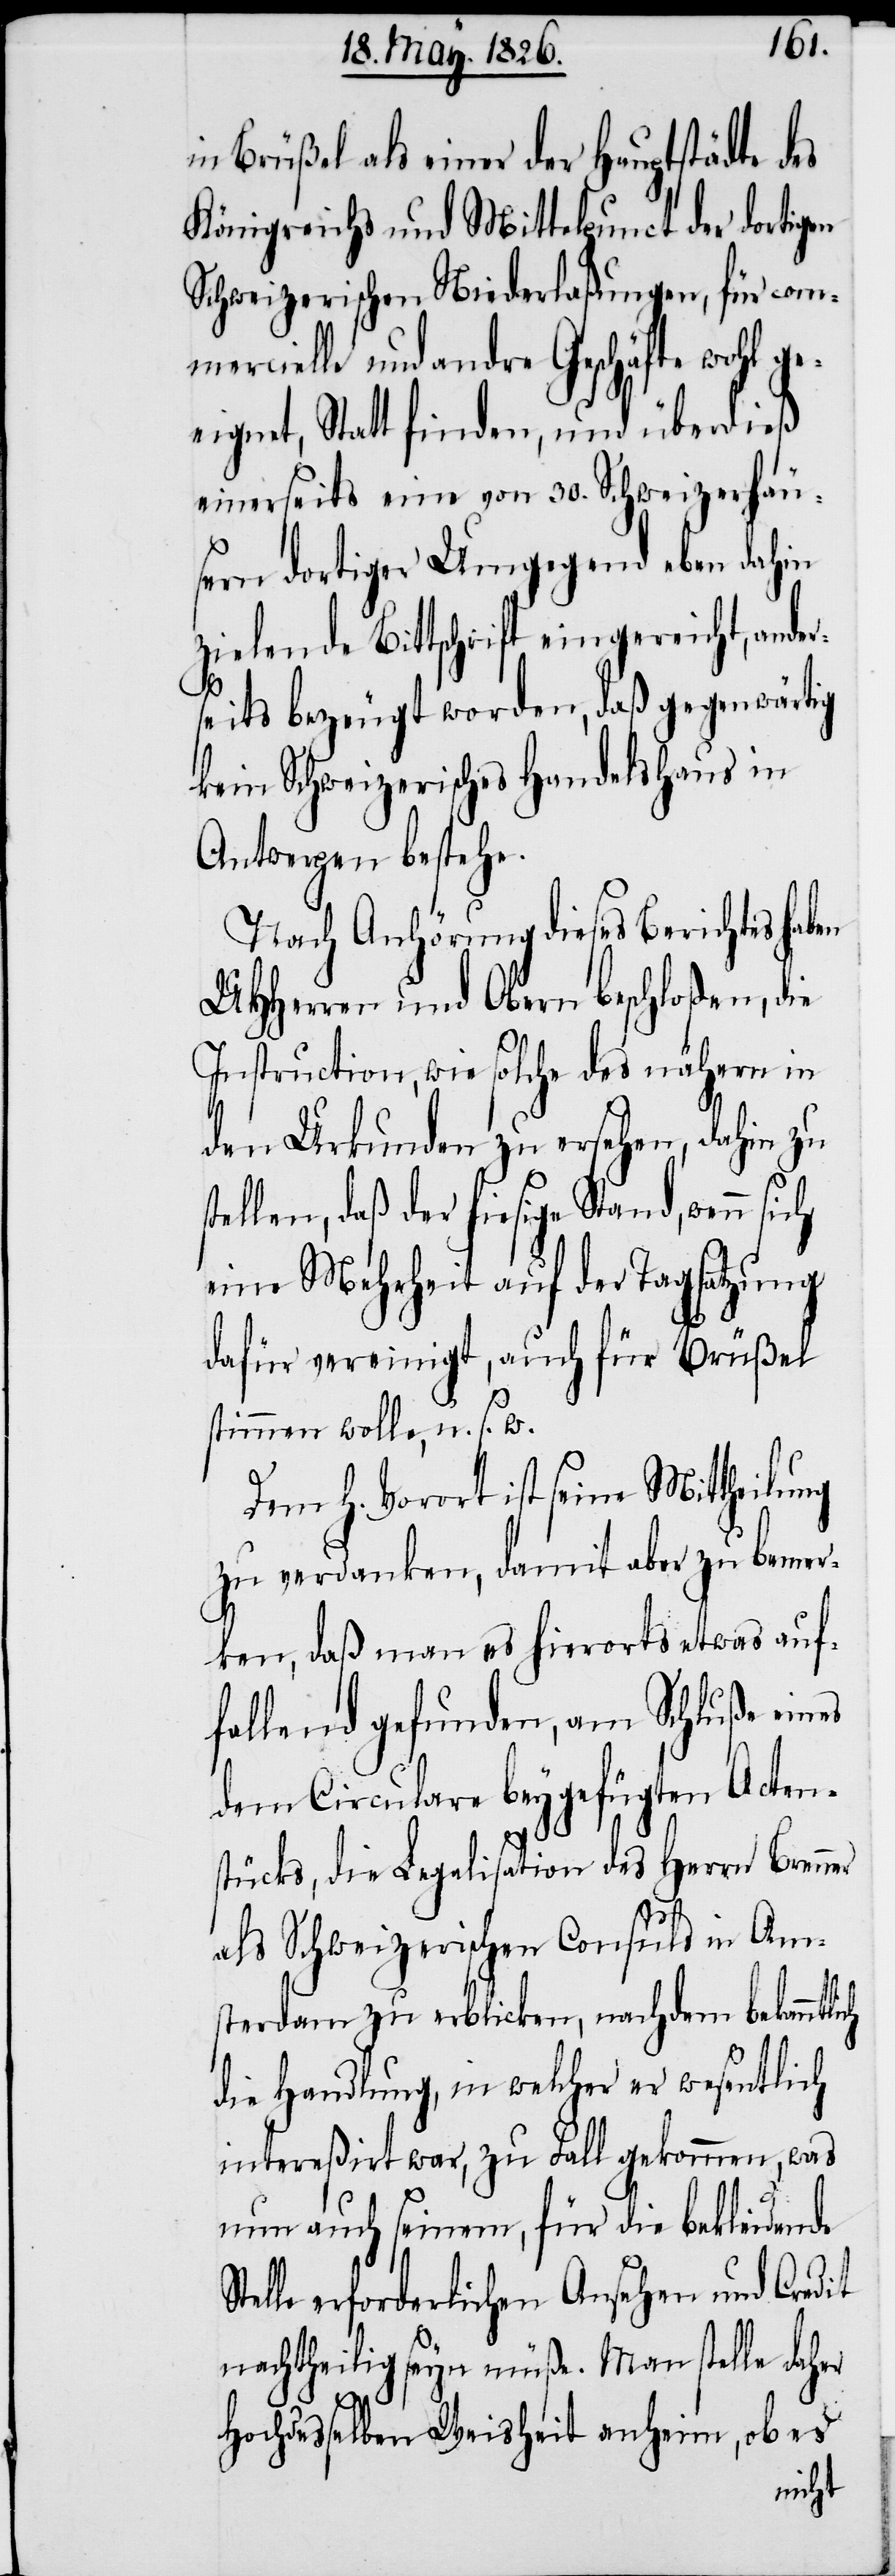
in Brüßel als einer der Hauptstädte des
Königreichs und Mittelpunct der dortigen
Schweizerischen Niederlaßungen, für com¬
mercielle und andre Geschäfte wohl ge¬
eignet, Statt finden, und überdieß
einerseits eine von 30. Schweizerhäu¬
sern dortiger Umgegend eben dahin
zielende Bittschrift eingereicht, ander¬
seits bezeugt worden, daß gegenwärtig
kein Schweizerisches Handelshaus in
Antwerpen bestehe.
Nach Anhörung dieses Berichtes hab¬
UHHerren und Obern beschloßen, die
Instruction, wie solche des nähern in
er
den Urkunden zu ersehen, dahin zu
tellen, daß der hiesige Stand, wenn
eine Mehrheit auf der Tagsatzung
dafür vereinigt, auch für Brüßel
stimmen wolle, u. s. w.
Dem h. Vorort ist seine Mittheilung
zu verdanken, damit aber zu bemer¬
ken, daß man es hierorts etwas auf¬
fallend gefunden, am Schluße eines
dem Circualre beygefügten Acten¬
stücks, die Legalisation des Herrn Brenn¬
als Schweizerischen Consuls in Am¬
sterdam zu erblicken, nachdem bekanntlich
die Handlung, in welcher er wesentlich
intereßirt war, zu Fall gekommen, was
nun auch seinem, für die bekleidende
Stelle erforderlichen Ansehen und Credit
nachtheilig seyn müße. Man stelle daher
Hochdesselben Weisheit anheim, ob es